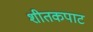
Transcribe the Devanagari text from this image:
शीतकपाट